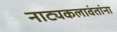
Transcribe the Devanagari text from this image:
नाट्यकलावंतांना